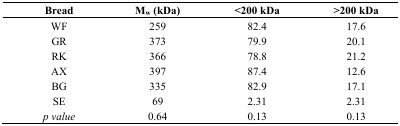
<table><thead><tr><td><b>Bread</b></td><td><b>M<sub>w</sub> (kDa)</b></td><td><b>&lt;200 kDa</b></td><td><b>&gt;200 kDa</b></td></tr></thead><tbody><tr><td>WF</td><td>259</td><td>82.4</td><td>17.6</td></tr><tr><td>GR</td><td>373</td><td>79.9</td><td>20.1</td></tr><tr><td>RK</td><td>366</td><td>78.8</td><td>21.2</td></tr><tr><td>AX</td><td>397</td><td>87.4</td><td>12.6</td></tr><tr><td>BG</td><td>335</td><td>82.9</td><td>17.1</td></tr><tr><td>SE</td><td>69</td><td>2.31</td><td>2.31</td></tr><tr><td><i>p value</i></td><td>0.64</td><td>0.13</td><td>0.13</td></tr></tbody></table>